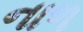
નાળ